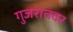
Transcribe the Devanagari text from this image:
गुजरातवर